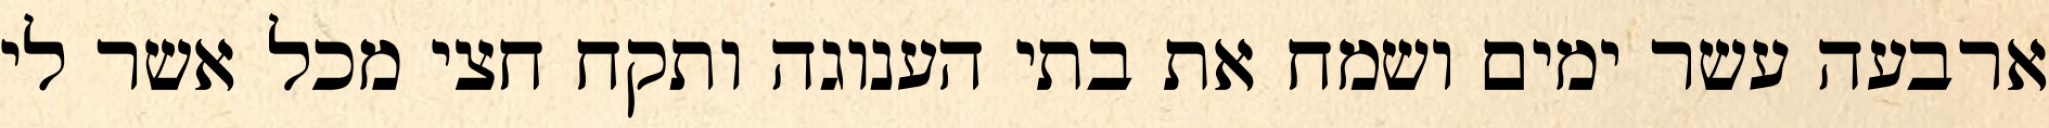
ארבעה עשר ימים ושמח את בתי הענוגה ותקח חצי מכל אשר לי